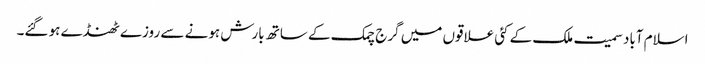
اسلام آباد سمیت ملک کے کئی علاقوں میں گرج چمک کے ساتھ بارش ہونے سے روزے ٹھنڈے ہو گئے۔